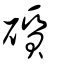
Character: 礩